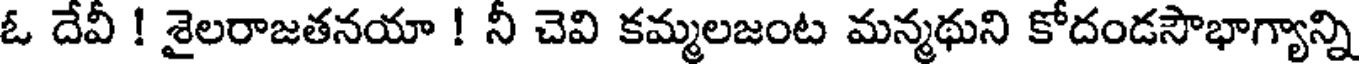
ఓ దేవీ ! శైలరాజతనయా ! నీ చెవి కమ్మలజంట మన్మథుని కోదండసౌభాగ్యాన్ని